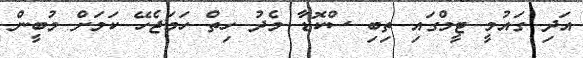
އަދި ގައުމީ ޓީމްގައި ތިބި ސްކޮޑާ މެދު ހިތް ހަމަޖެހޭ ކަމަށް މުބީން